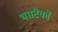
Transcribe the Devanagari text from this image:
था।टैंकों